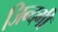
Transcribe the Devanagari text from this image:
जिन्‍दगी